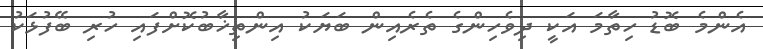
އެންމެ ބޮޑު ހިތާމަ އަކީ ދިވެހިންގެ ތެރެއިން ބަޔަކު އިންތިޚާބުކޮށްފައި ހުރި ބޭފުޅަކު